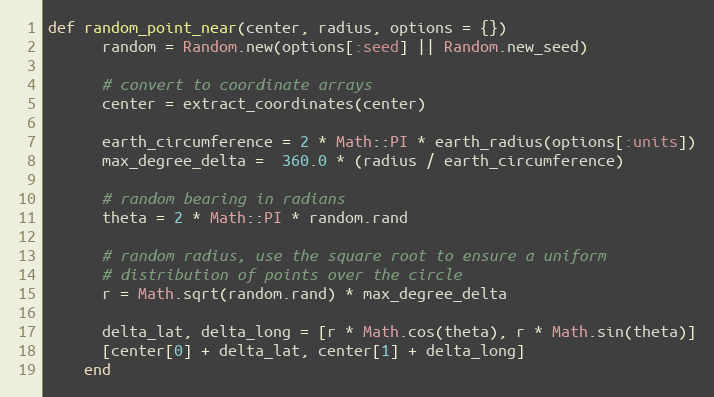
Language: Ruby
def random_point_near(center, radius, options = {})
      random = Random.new(options[:seed] || Random.new_seed)

      # convert to coordinate arrays
      center = extract_coordinates(center)

      earth_circumference = 2 * Math::PI * earth_radius(options[:units])
      max_degree_delta =  360.0 * (radius / earth_circumference)

      # random bearing in radians
      theta = 2 * Math::PI * random.rand

      # random radius, use the square root to ensure a uniform
      # distribution of points over the circle
      r = Math.sqrt(random.rand) * max_degree_delta

      delta_lat, delta_long = [r * Math.cos(theta), r * Math.sin(theta)]
      [center[0] + delta_lat, center[1] + delta_long]
    end